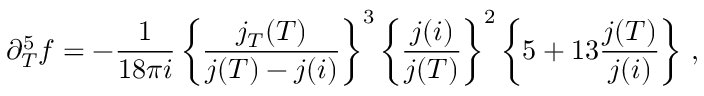
\partial _ { T } ^ { 5 } f = - \frac { 1 } { 1 8 \pi i } \left\{ \frac { j _ { T } ( T ) } { j ( T ) - j ( i ) } \right\} ^ { 3 } \left\{ \frac { j ( i ) } { j ( T ) } \right\} ^ { 2 } \left\{ 5 + 1 3 \frac { j ( T ) } { j ( i ) } \right\} \, ,